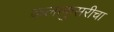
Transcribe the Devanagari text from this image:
कलाकुसरीचा